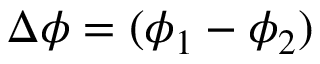
\Delta \phi = ( \phi _ { 1 } - \phi _ { 2 } )